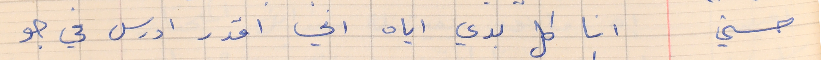
حسني        انا كل بدي اياه اني اقدر ادرس في جو